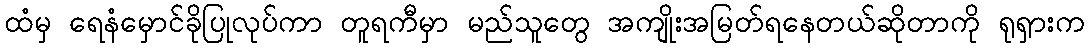
ထံမှ ရေနံမှောင်ခိုပြုလုပ်ကာ တူရကီမှာ မည်သူတွေ အကျိုးအမြတ်ရနေတယ်ဆိုတာကို ရုရှားက